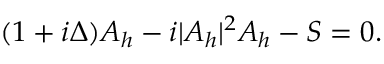
( 1 + i \Delta ) A _ { h } - i | A _ { h } | ^ { 2 } A _ { h } - S = 0 .